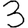
Digit: 3